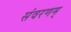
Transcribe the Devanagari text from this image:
संवरणम्